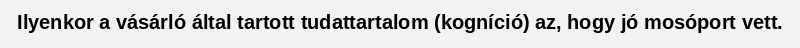
Ilyenkor a vásárló által tartott tudattartalom (kogníció) az, hogy jó mosóport vett.